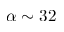
\alpha \sim 3 2